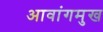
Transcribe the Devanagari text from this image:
आवांगमुख